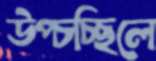
উপ্‌চচ্ছিলে